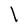
Character: l